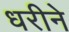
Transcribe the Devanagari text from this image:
धरीने